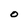
Character: O